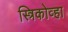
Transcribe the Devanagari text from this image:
स्त्रिकोव्हा